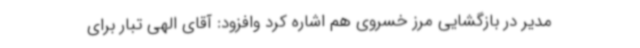
مدیر در بازگشایی مرز خسروی هم اشاره کرد وافزود: آقای الهی تبار برای